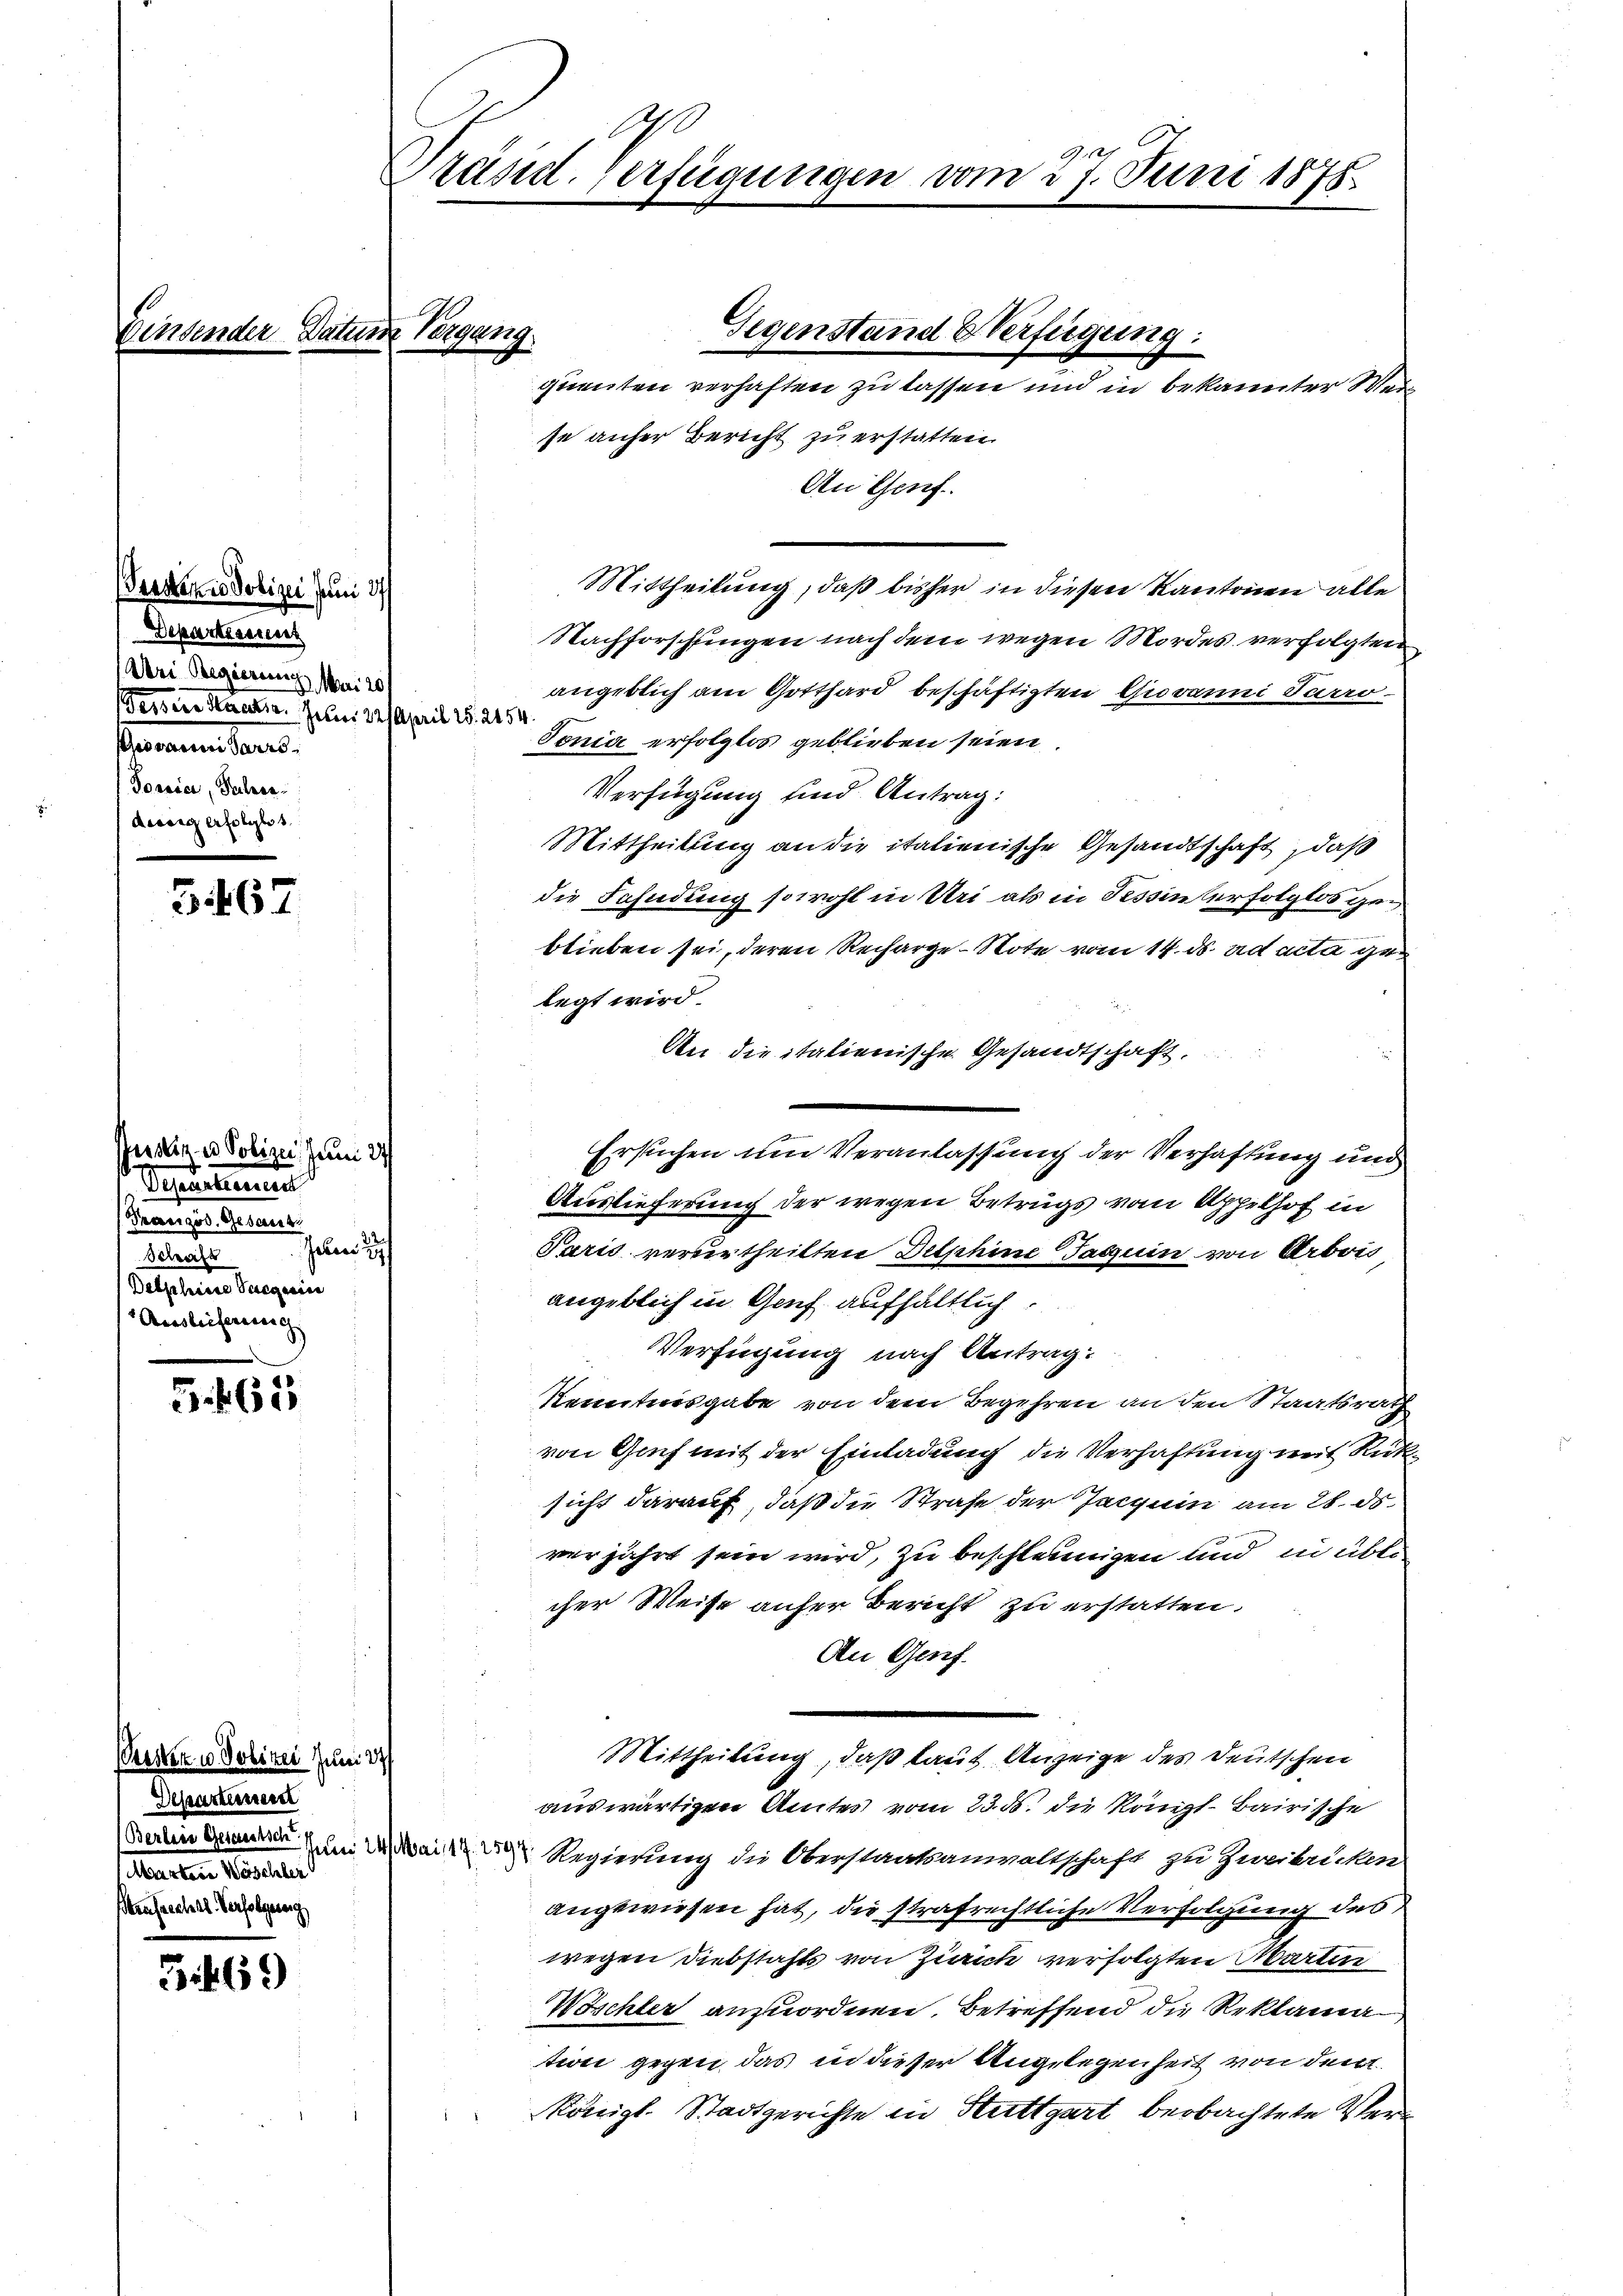
Vonmens

Personen Polizei Juni 27
Departenannt
Aei Regierung Mai 20/
Fesser Staatsr. Juni 221 April 18. 2454
Faramentars.
Toria, Jahre
desig erfolglos.

3467

terstine Polizei dem 27 f
Seetimmenen
Französ. Gesant
Schaft eben zu
Delpheus Vergerin
Ausleiserung

5.461

uri

Maerten Resulter
Aufrechtl. Verfolgung

3.469

Präsid. Verfügungen vom 27. Juni 1875.

Datum Vergang.

Gegenstand Verfügung:

quenten verhaften zu lassen und in bekannter Wer
se anher Bericht zu erstatten.
An Genf.
Mittheilung, daß bisher in diesen Kantonen alle
Nachforschlingen nach dem wegen Mordes verfolgten
angeblich am Gotthard beschäftigten Giovanni Turro
Tonia erfolglos geblieben seien
Verfügung und Antrag:
Mittheilung an die italienische Gesandtschaft, daß
die Fahndung sowohl in Uri als in Tessinterfolglos gen
blieben sei, deren Recharge-Note vom 14. ds. ad acta gelegt wird.
An die italienische Gesandtschaft.
Auslieferung der wegen Betrugs vom Appelhof in
Paris verurtheilten Delphine Tasquin von Arbois
angeblich in Genf aufhältlich.
Verfügung nach Antrag:
Kenntnisgabe von dem Begehren an den Staatsrath
von Genf mit der Einladung die Verhaftung mit Rücksicht darauf, daß die Strafe der Jacquin am 28. ds.
verjährt sein wird, zu beschleunigen und in üble
cher Weise anfer Bericht zu erstatten.
An Genf.
Mittheilung, daß laut Anzeige des Deutschen
auswärtigen Amtes vom 23. ds. die Königl. Bairische
Dasein Gemeinen um die Regierung die Oberstaatsanwaltschaft zu zweibrücken
angewiesen hat, die strafrechtliche Verfolgung des
wegen Diebstahls von Zürich verfolgten Martin
Wöschter anzuordnen. Betreffend die Reklamation gegen das in dieser Angelegenheit von dem
Königl. Stadtgerichte in Stuttgart beobachtete Ver¬

Ersuchen um Veranlassung der Verhaftung und